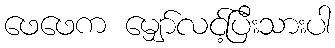
ဖေဖေက မျှော်လင့်ပြီးသားပါ